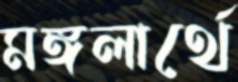
মঙ্গলার্থে